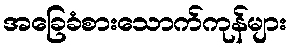
အခြေခံစားသောက်ကုန်များ